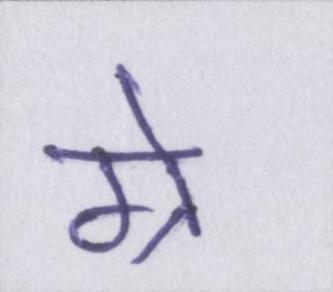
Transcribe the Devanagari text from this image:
ग्रे